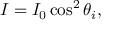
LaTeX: I = I _ { 0 } \cos ^ { 2 } \theta _ { i } ,